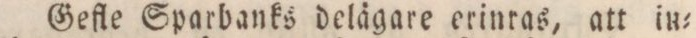
Gefle Sparbanks delägare erinras, att in=